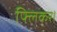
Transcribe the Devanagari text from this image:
फ्लिकर।